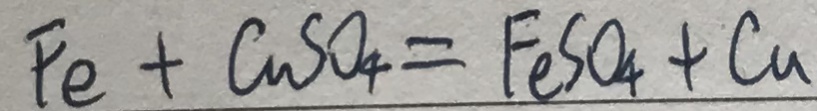
F e + C u S O _ { 4 } = F e S O _ { 4 } + C u